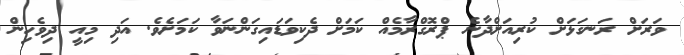
ވަރަށް ރަނގަޅަށް ކުރިއަށްދާނެ ޕްރޮގްރާމެއް ކަމަށް ދެކިވަޑައިގަންނަވާ ކަމަށެވެ. އަދި މިއީ ދިވެހިން